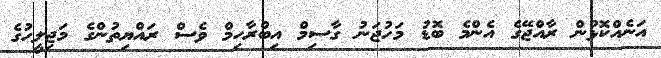
އަނެއްކޮޅުން ރާއްޖޭގެ އެންމެ ބޮޑު މަހުޖަނު ގާސިމް އިބްރާހިމް ވެސް ރައްޔިތުންގެ މަޖިލީހުގެ